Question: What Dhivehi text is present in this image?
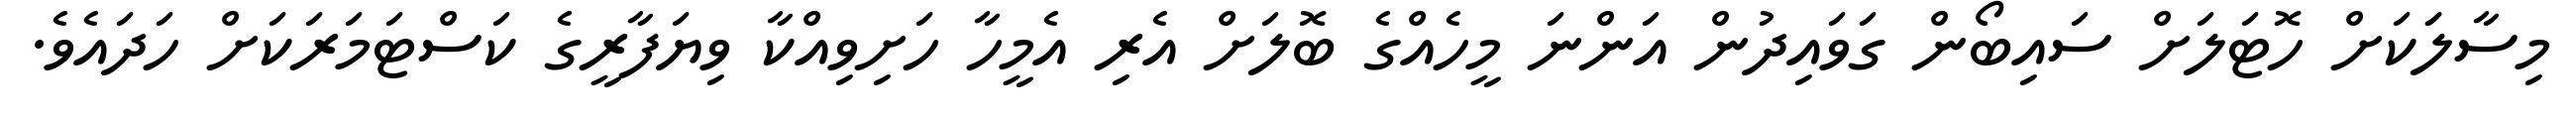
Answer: މިސާލަަކަށް ހޮޓަލަށް ސައިބޯން ގަވައިދުން އަންނަ މީހެއްގެ ބޮލަށް އެރި އެމީހާ ހަށިވިއްކާ ވިޔަފާރީގެ ކަސްޓަމަރަކަށް ހަދައެވެ.